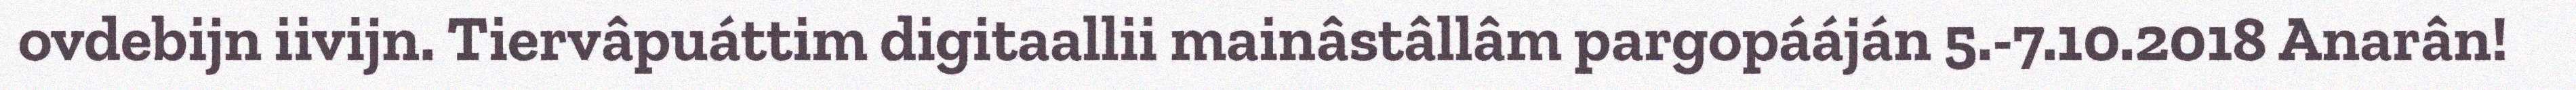
ovdebijn iivijn. Tiervâpuáttim digitaallii mainâstâllâm pargopááján 5.-7.10.2018 Anarân!